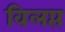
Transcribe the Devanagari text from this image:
विलप्त